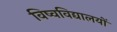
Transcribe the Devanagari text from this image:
विष्वविद्यालयों